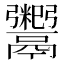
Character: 𬴺